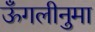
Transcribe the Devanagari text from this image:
ऊँगलीनुमा